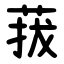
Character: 菝